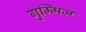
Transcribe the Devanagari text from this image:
गुम्मिज